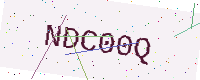
Text: NDC00Q